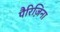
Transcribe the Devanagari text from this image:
पैरिज़िना